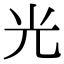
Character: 光